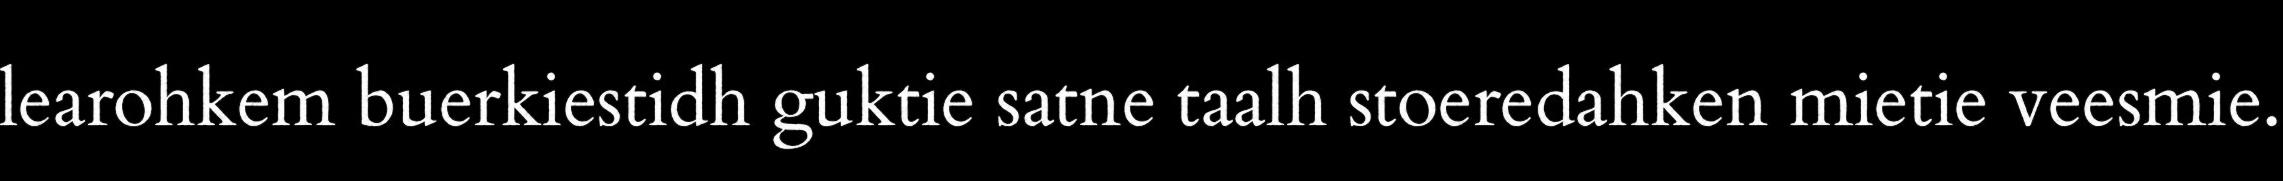
learohkem buerkiestidh guktie satne taalh stoeredahken mietie veesmie.